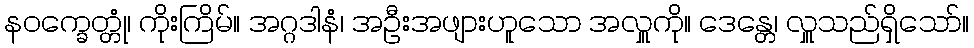
နဝက္ခေတ္တုံ၊ ကိုးကြိမ်။ အဂ္ဂဒါနံ၊ အဦးအဖျားဟူသော အလှူကို။ ဒေန္တေ၊ လှူသည်ရှိသော်။